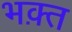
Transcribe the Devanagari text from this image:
भक़्त